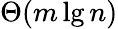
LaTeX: \Theta(m\lg n)